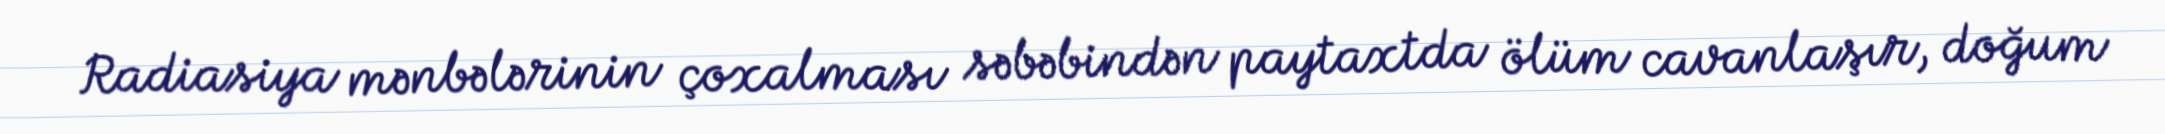
Radiasiya mənbələrinin çoxalması səbəbindən paytaxtda ölüm cavanlaşır, doğum